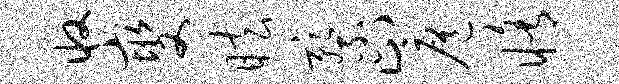
收燮眩察止扈修